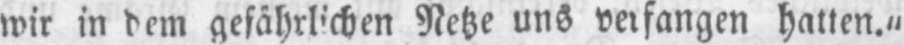
wir in dem gefährlichen Netze uns verfangen hatten.“